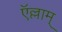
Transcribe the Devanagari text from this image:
ऍल्लाम्‌